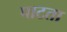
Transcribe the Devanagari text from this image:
पाटता